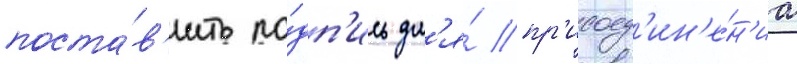
поста́в'ить по́дп'ись дл'я́ пр'исоед'ин'е́н'иа